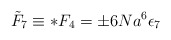
\begin{align*}{\tilde F}_{7}\equiv *F_4=\pm 6Na^{6}\epsilon_7\end{align*}